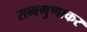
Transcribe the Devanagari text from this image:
सब्बगुणाकर